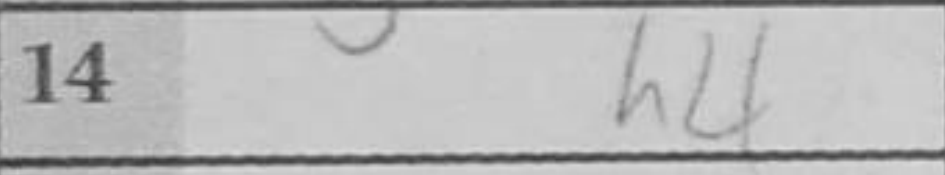
Transcription: h4